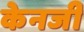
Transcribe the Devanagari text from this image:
केनजी